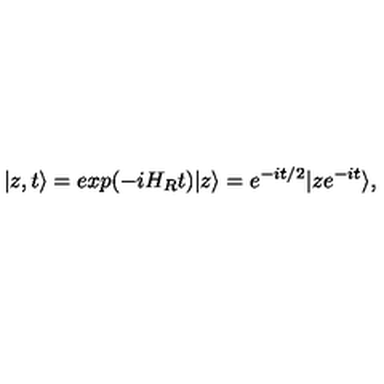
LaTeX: | z , t \rangle = e x p ( - i H _ { R } t ) | z \rangle = e ^ { - i t / 2 } | z e ^ { - i t } \rangle ,